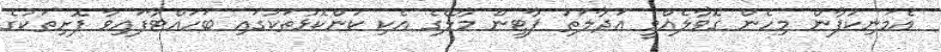
އެމަނިކުފާން މިހެން ގޮވާލެއްވީ އަދާލަތު ޕާޓީން މާލޭގެ އެކި ކަންކޮޅުތަކުގައި ބަހައްޓާފައިވާ ފޮށިތަކުގެ